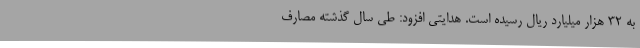
به 32 هزار میلیارد ریال رسیده است. هدایتی افزود: طی سال گذشته مصارف